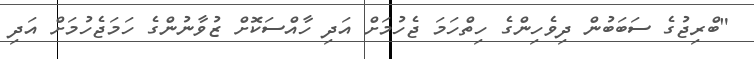
"ބްރިޖުގެ ސަބަބުން ދިވެހިންގެ ހިތްހަމަ ޖެހުމަށް އަދި ހާއްސަކޮށް ޒުވާނުންގެ ހަމަޖެހުމަށް އަދި